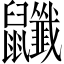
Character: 𪖎